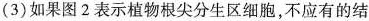
(3)如果图2表示植物根尖分生区细胞，不应有的结